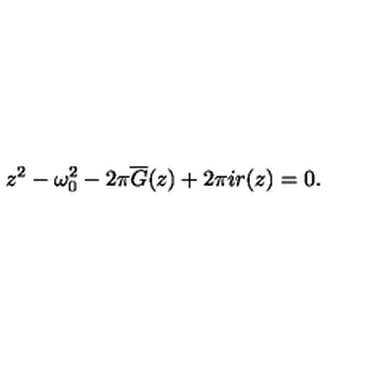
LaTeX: z ^ { 2 } - \omega _ { 0 } ^ { 2 } - 2 \pi \overline { { G } } ( z ) + 2 \pi i r ( z ) = 0 .